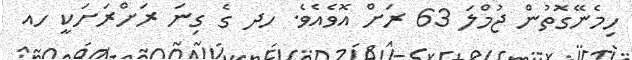
ހިމެނޭގޮތުން ޖުމްލަ 63 ރަށް އޮވެއެވެ. ހދ ގެ ގިނަ ރަށްރަށަކީ ހއ